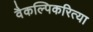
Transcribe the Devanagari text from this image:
वैकल्पिकरित्या